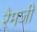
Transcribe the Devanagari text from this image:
रैमजी